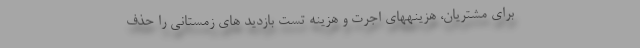
برای مشتریان، هزینههای اجرت و هزینه تست بازدید های زمستانی را حذف